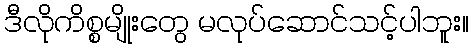
ဒီလိုကိစ္စမျိုးတွေ မလုပ်ဆောင်သင့်ပါဘူး။